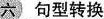
句型转换